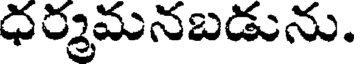
ధర్మమనబడును.